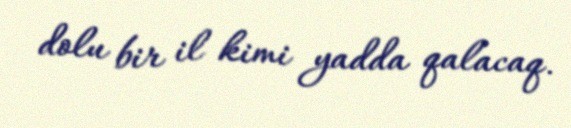
dolu bir il kimi yadda qalacaq.